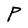
Character: P